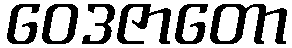
ဝေဒဇာတော